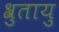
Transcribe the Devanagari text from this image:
श्रुतायु